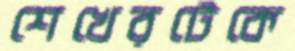
শেখেরটেকে